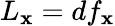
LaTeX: L_{\mathbf{x}}=df_{\mathbf{x}}